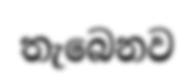
තැබෙනව